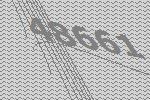
48661